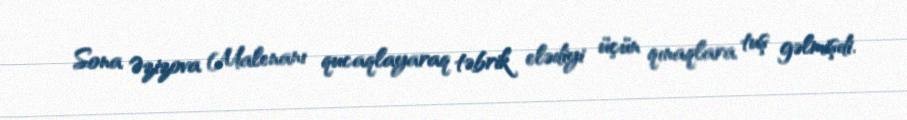
Sona Əzizova Malenanı qucaqlayaraq təbrik elədiyi üçün qınaqlara tuş gəlmişdi.